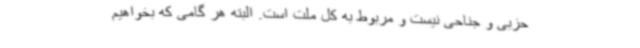
حزبی و جناحی نیست و مربوط به کل ملت است. البته هر گامی که بخواهیم